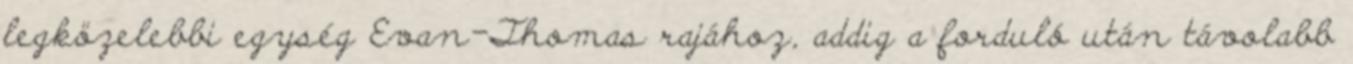
legközelebbi egység Evan-Thomas rajához, addig a forduló után távolabb